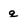
Character: q